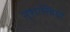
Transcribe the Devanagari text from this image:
नृशास्त्रियों